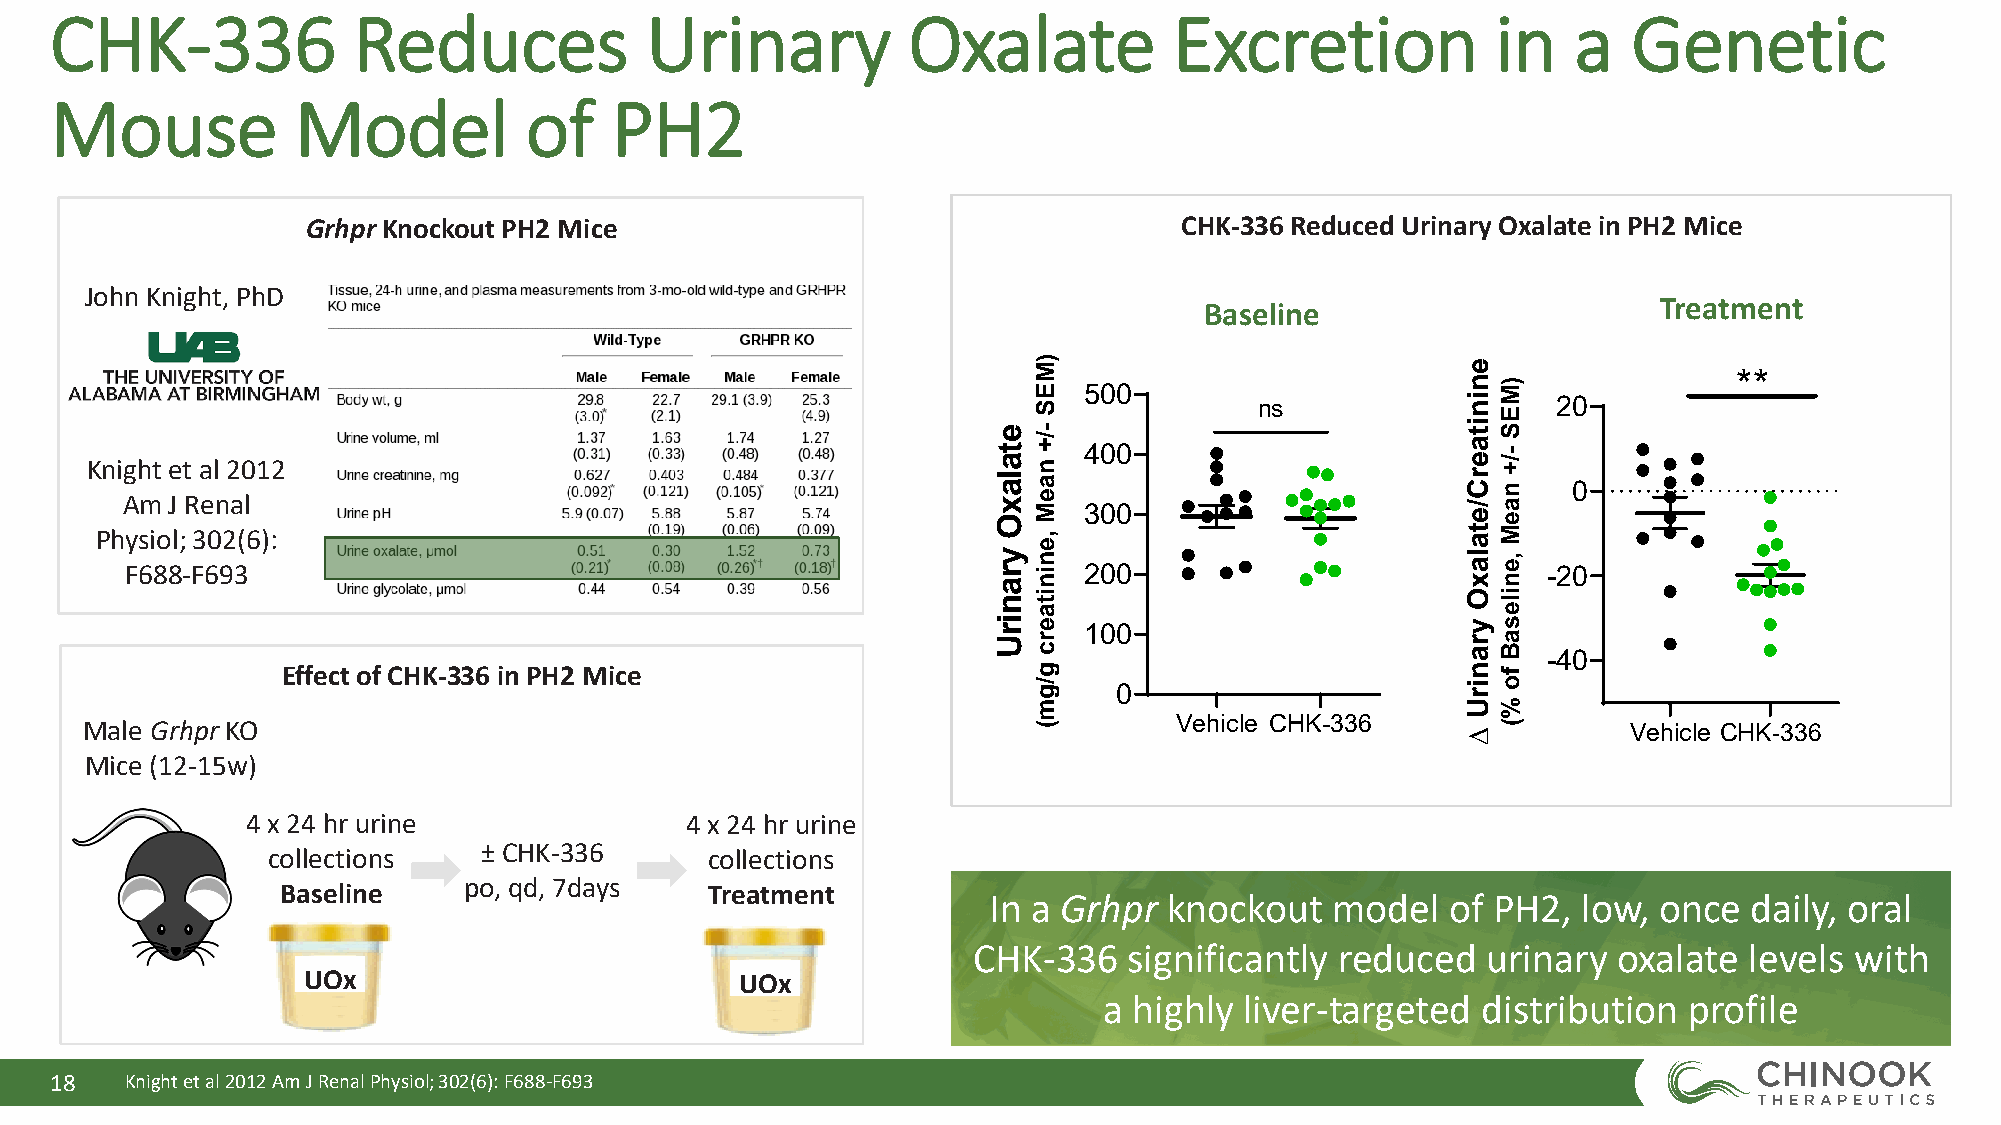
CHK-336             Reduces             Urinary          Oxalate           Excretion            in   a   Genetic
 Mouse            Model          of   PH2
 GrhprKnockout PH2 Mice                                    CHK-336 Reduced Urinary Oxalate in PH2 Mice
 John Knight, PhD
 Baseline                      Treatment
 **
 500
 ns                  20
 400
 Knight et al 2012
 0
 Am J Renal
 300
 Physiol; 302(6):
 F688-F693                                                       200                           -20
 100
 -40
 Effect of CHK-336 in PH2 Mice
 0
 Male Grhpr KO                                                            Vehicle CHK-336               Vehicle CHK-336
 Mice (12-15w)
 4 x 24 hr urine              4 x 24 hr urine
 ± CHK-336
 collections                  collections
 po, qd, 7days
 Baseline                    Treatment
 In a Grhpr  knockout   model   of PH2,  low, once  daily, oral
 CHK-336    significantly reduced  urinary  oxalate  levels with
 UOx                          UOx
 a highly liver-targeted  distribution  profile
 18   Knight et al 2012 Am J Renal Physiol; 302(6): F688-F693
 etalaxO
 yranirU
 )MES
 -/+
 naeM
 ,eninitaerc
 g/gm(
 eninitaerC/etalaxO
 yranirU
 ∆
 )MES
 -/+
 naeM
 ,enilesaB
 fo
 %(